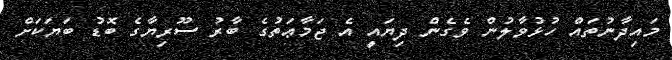
މައިދާނުތައް ހުޅުވާލުން ވެގެން ދިޔައީ އެ ޖަމާޢަތުގެ ބާރު ސޫރިޔާގެ ބޮޑު ބަޔަކަށް